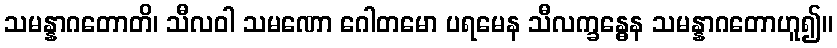
သမန္နာဂတောတိ၊ သီလဝါ သမဏော ဂေါတမော ပရမေန သီလက္ခန္ဓေန သမန္နာဂတောဟူ၍။